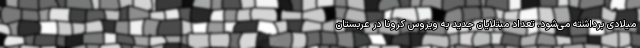
میلادی برداشته می‌شود. تعداد مبتلایان جدید به ویروس کرونا در عربستان